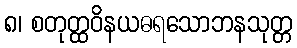
၈၊ စတုတ္ထဝိနယဓရသောဘနသုတ္တ